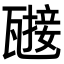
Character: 𤮌